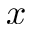
x